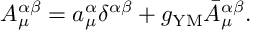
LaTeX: A _ { \mu } ^ { \alpha \beta } = a _ { \mu } ^ { \alpha } \delta ^ { \alpha \beta } + g _ { \mathrm { Y M } } \bar { A } _ { \mu } ^ { \alpha \beta } .